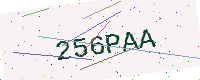
Text: 256PAA